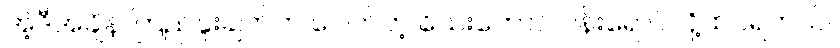
အဲ့ဒီအချိန် ကြည်နူးချက်က ပေါက်တဲ့ သေးတောင် ပန်းရောင်လို့ထင်ရတယ်။